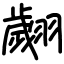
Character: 翽